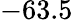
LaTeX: -63.5